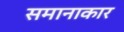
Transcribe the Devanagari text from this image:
समानाकार